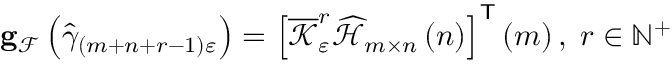
\begin{array} { r } { \mathbf { g } _ { \mathcal { F } } \left( \widehat { \gamma } _ { \left( m + n + r - 1 \right) \varepsilon } \right) = \left[ \overline { { \mathcal { K } } } _ { \varepsilon } ^ { r } \widehat { \mathcal { H } } _ { m \times n } \left( n \right) \right] ^ { \mathsf { T } } \left( m \right) , \; r \in \mathbb { N } ^ { + } } \end{array}